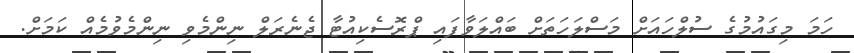
ހަމަ މިގައުމުގެ ސުލްހައަށް މަސްލަހަތަށް ބައްލަވާފައި ޕްރޮސެކިއުޓާ ޖެނެރަލް ނިންމެވި ނިންމެވުމެއް ކަމަށް.